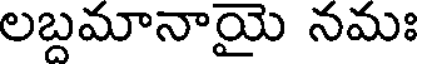
లబ్దమానాయై నమః